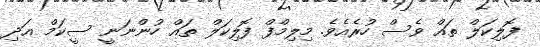
ފޮލިކަލް ތައް ވެސް ހުރެއެވެ. މިލިމްފް ފޮލިކަލް ތައް ހުންނަނީ ސީކަމް އަދި